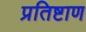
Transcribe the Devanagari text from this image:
प्रतिष्टाण